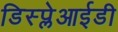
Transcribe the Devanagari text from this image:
डिस्प्लेआईडी